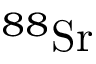
^ { 8 8 } \mathrm { S r }